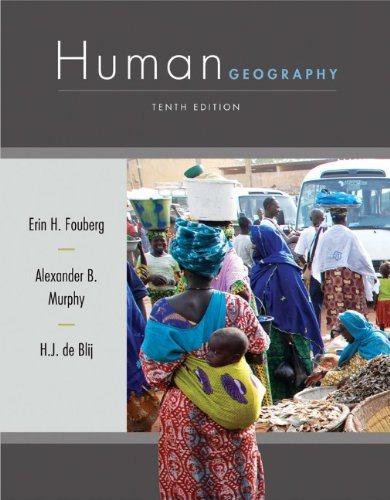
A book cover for Human Geography: People, Place, and Culture; Erin H. Fouberg; Science & Math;